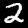
Digit: 2